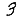
Digit: 3